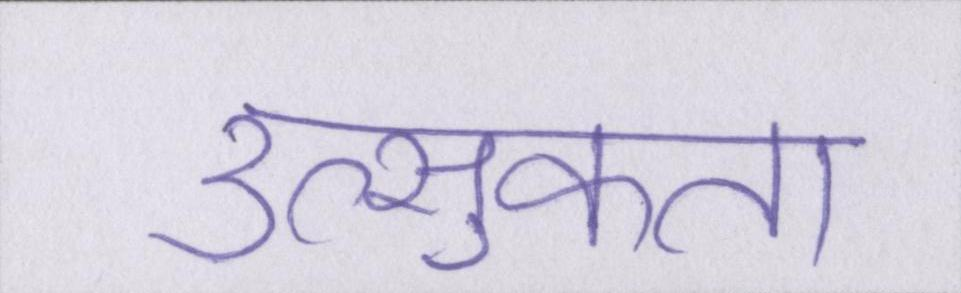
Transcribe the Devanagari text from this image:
उत्सुकता